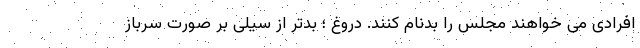
افرادی می خواهند مجلس را بدنام کنند. دروغ ؛ بدتر از سیلی بر صورت سرباز